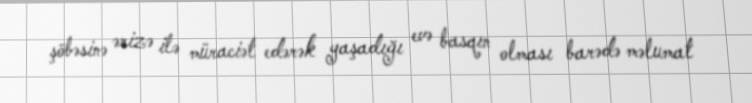
şöbəsinə ərizə ilə müraciət edərək yaşadığı evə basqın olması barədə məlumat